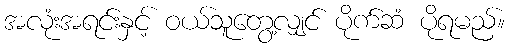
အလုံးအရင်းနှင့် ဝယ်သူတွေ့လျှင် ပိုက်ဆံ ပိုရမည်။